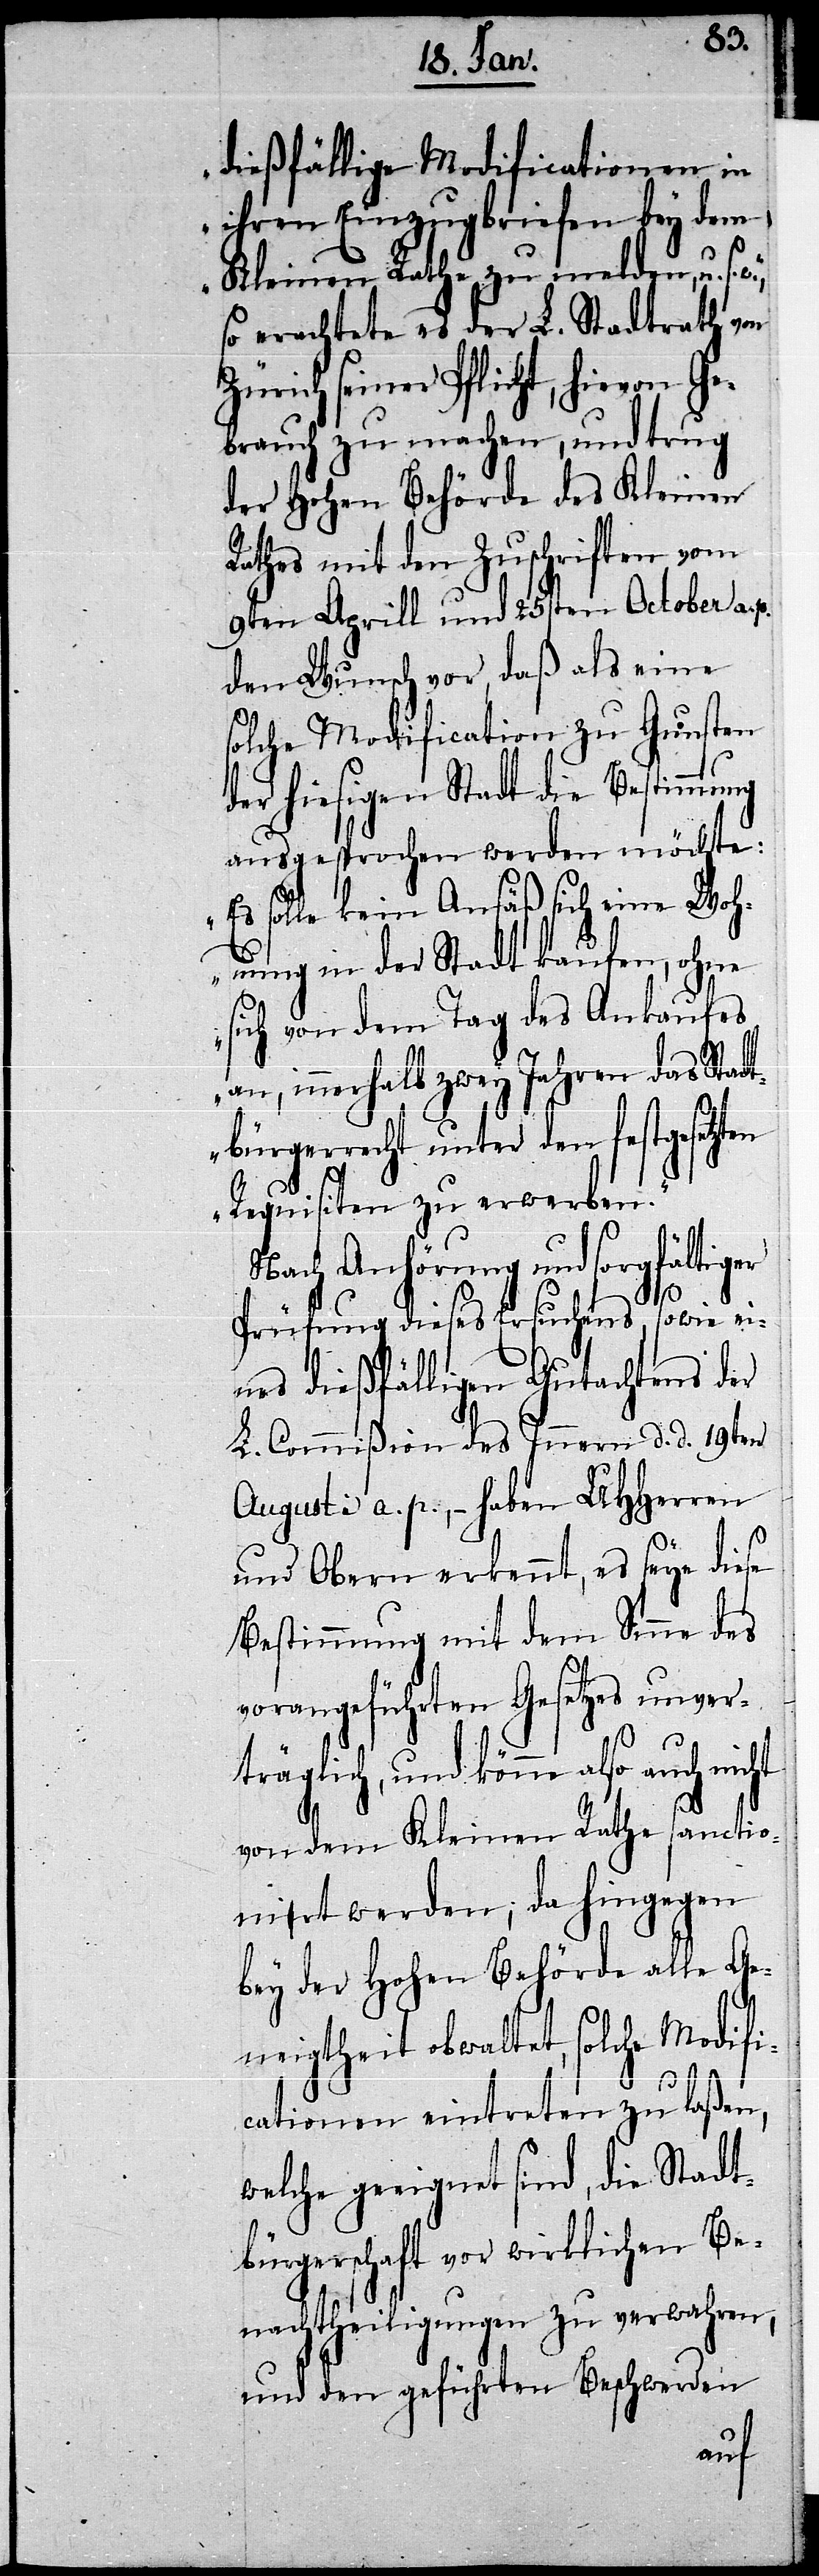
dießfällige Modificationen in
ihren Einzugbriefen bey dem
Kleinen Rathe zu melden, u. s.
so erachtete es der L. Stadtrath von
Zürich seiner Pflicht, hievon G¬
ebrauch zu machen, und trug
der Hohen Behörde des Kleinen
Rathes mit den Zuschriften vom
9ten Aprill und 25sten October a. p.
den Wunsch vor, daß als eine
solche Modification zu Gunsten
der hiesigen Stadt die Bestimmung
ausgesprochen werden möchte:
„Es solle kein Ansäß sich eine Woh¬
nung in der Stadt kaufen, ohne
sich von dem Tag des Ankaufes
an, innerhalb zwey Jahren das Stadt¬
bürgerrecht unter den festgesetzten
Requisiten zu erwerben.“
Nach Anhörung und sorgfältiger
Prüfung dieses Ersuchens, sowie ei¬
nes dießfälligen Gutachtens der
L. Commißion des Innern d. d. 19ten
Auguste a. p., – haben UHHerren
und Obern erkennt, es seye diese
Bestimmung mit dem Sinne des
vorangeführten Gesetzes unver¬
träglich, und könne also auch
von dem Kleinen Rathe sanctio¬
nirt werden; da hingegen
bey der Hohen Behörde alle Ge¬
neigtheit obwaltet, solche Modifi¬
cationen eintreten zu laßen,
welche geeignet sind, die Stadt¬
bürgerschaft vor wirklichen Be¬
nachtheiligungen zu verwahren,
und den geführten Beschwerden